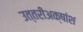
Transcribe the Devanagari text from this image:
उत्तरीअक्षांश